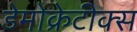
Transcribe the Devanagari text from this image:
डेमोक्रेटीक्स